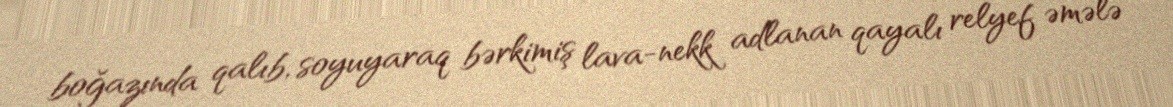
boğazında qalıb, soyuyaraq bərkimiş lava-nekk adlanan qayalı relyef əmələ